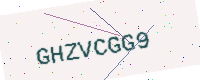
Text: GHZVCGG9